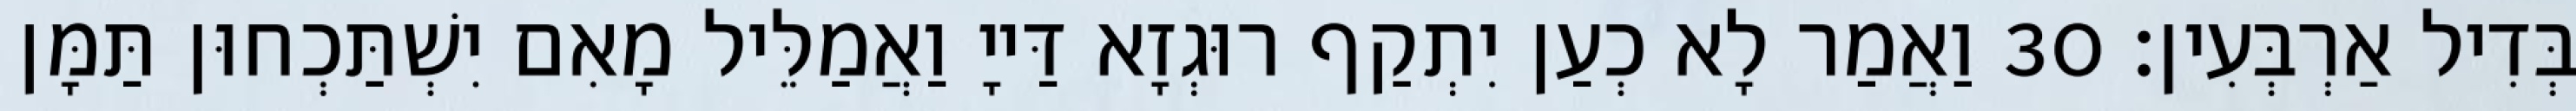
בְּדִיל אַרְבְּעִין׃ 30 וַאֲמַר לָא כְעַן יִתְקַף רוּגְזָא דַּייָ וַאֲמַלֵּיל מָאִם יִשְׁתַּכְחוּן תַּמָּן